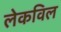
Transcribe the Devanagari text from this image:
लेकविल